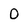
Character: 0